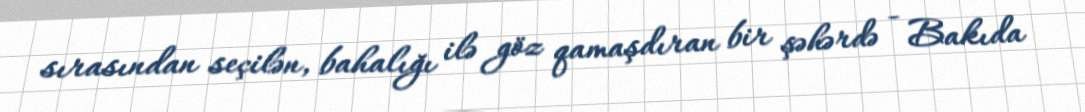
sırasından seçilən, bahalığı ilə göz qamaşdıran bir şəhərdə - Bakıda